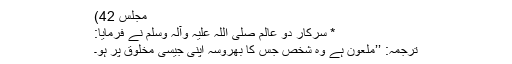
مجلس 42)
* سرکارِ دو عالم صلی اللہ علیہ وآلہٖ وسلم نے فرمایا:
ترجمہ: ’’ملعون ہے وہ شخص جس کا بھروسہ اپنی جیسی مخلوق پر ہو۔